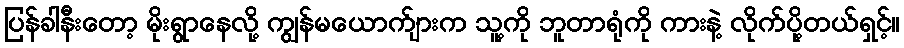
ပြန်ခါနီးတော့ မိုးရွာနေလို့ ကျွန်မယောက်ျားက သူ့ကို ဘူတာရုံကို ကားနဲ့ လိုက်ပို့တယ်ရှင့်။